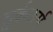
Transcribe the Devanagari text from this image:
तुर्ककर्म